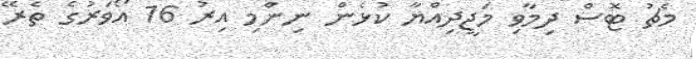
މެޗު ޓޮސް ދިމާވި މަޖީދިއްޔާ ކުޅެން ނިންމި އިރު 16 އޯވަރުގެ ތެރޭ